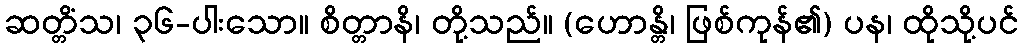
ဆတ္တိံသ၊ ၃၆-ပါးသော။ စိတ္တာနိ၊ တို့သည်။ (ဟောန္တိ၊ ဖြစ်ကုန်၏) ပန၊ ထိုသို့ပင်